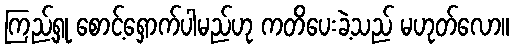
ကြည့်ရှု စောင့်ရှောက်ပါမည်ဟု ကတိပေးခဲ့သည် မဟုတ်လော။